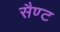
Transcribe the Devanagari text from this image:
सैण्ट